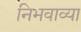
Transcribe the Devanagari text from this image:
निभवाव्या